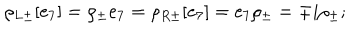
LaTeX: \rho _ { L \pm } [ e _ { 7 } ] = \rho _ { \pm } e _ { 7 } = \rho _ { R \pm } [ e _ { 7 } ] = e _ { 7 } \rho _ { \pm } = \mp i \rho _ { \pm } ;